Kures,_Voldemar, lk 19
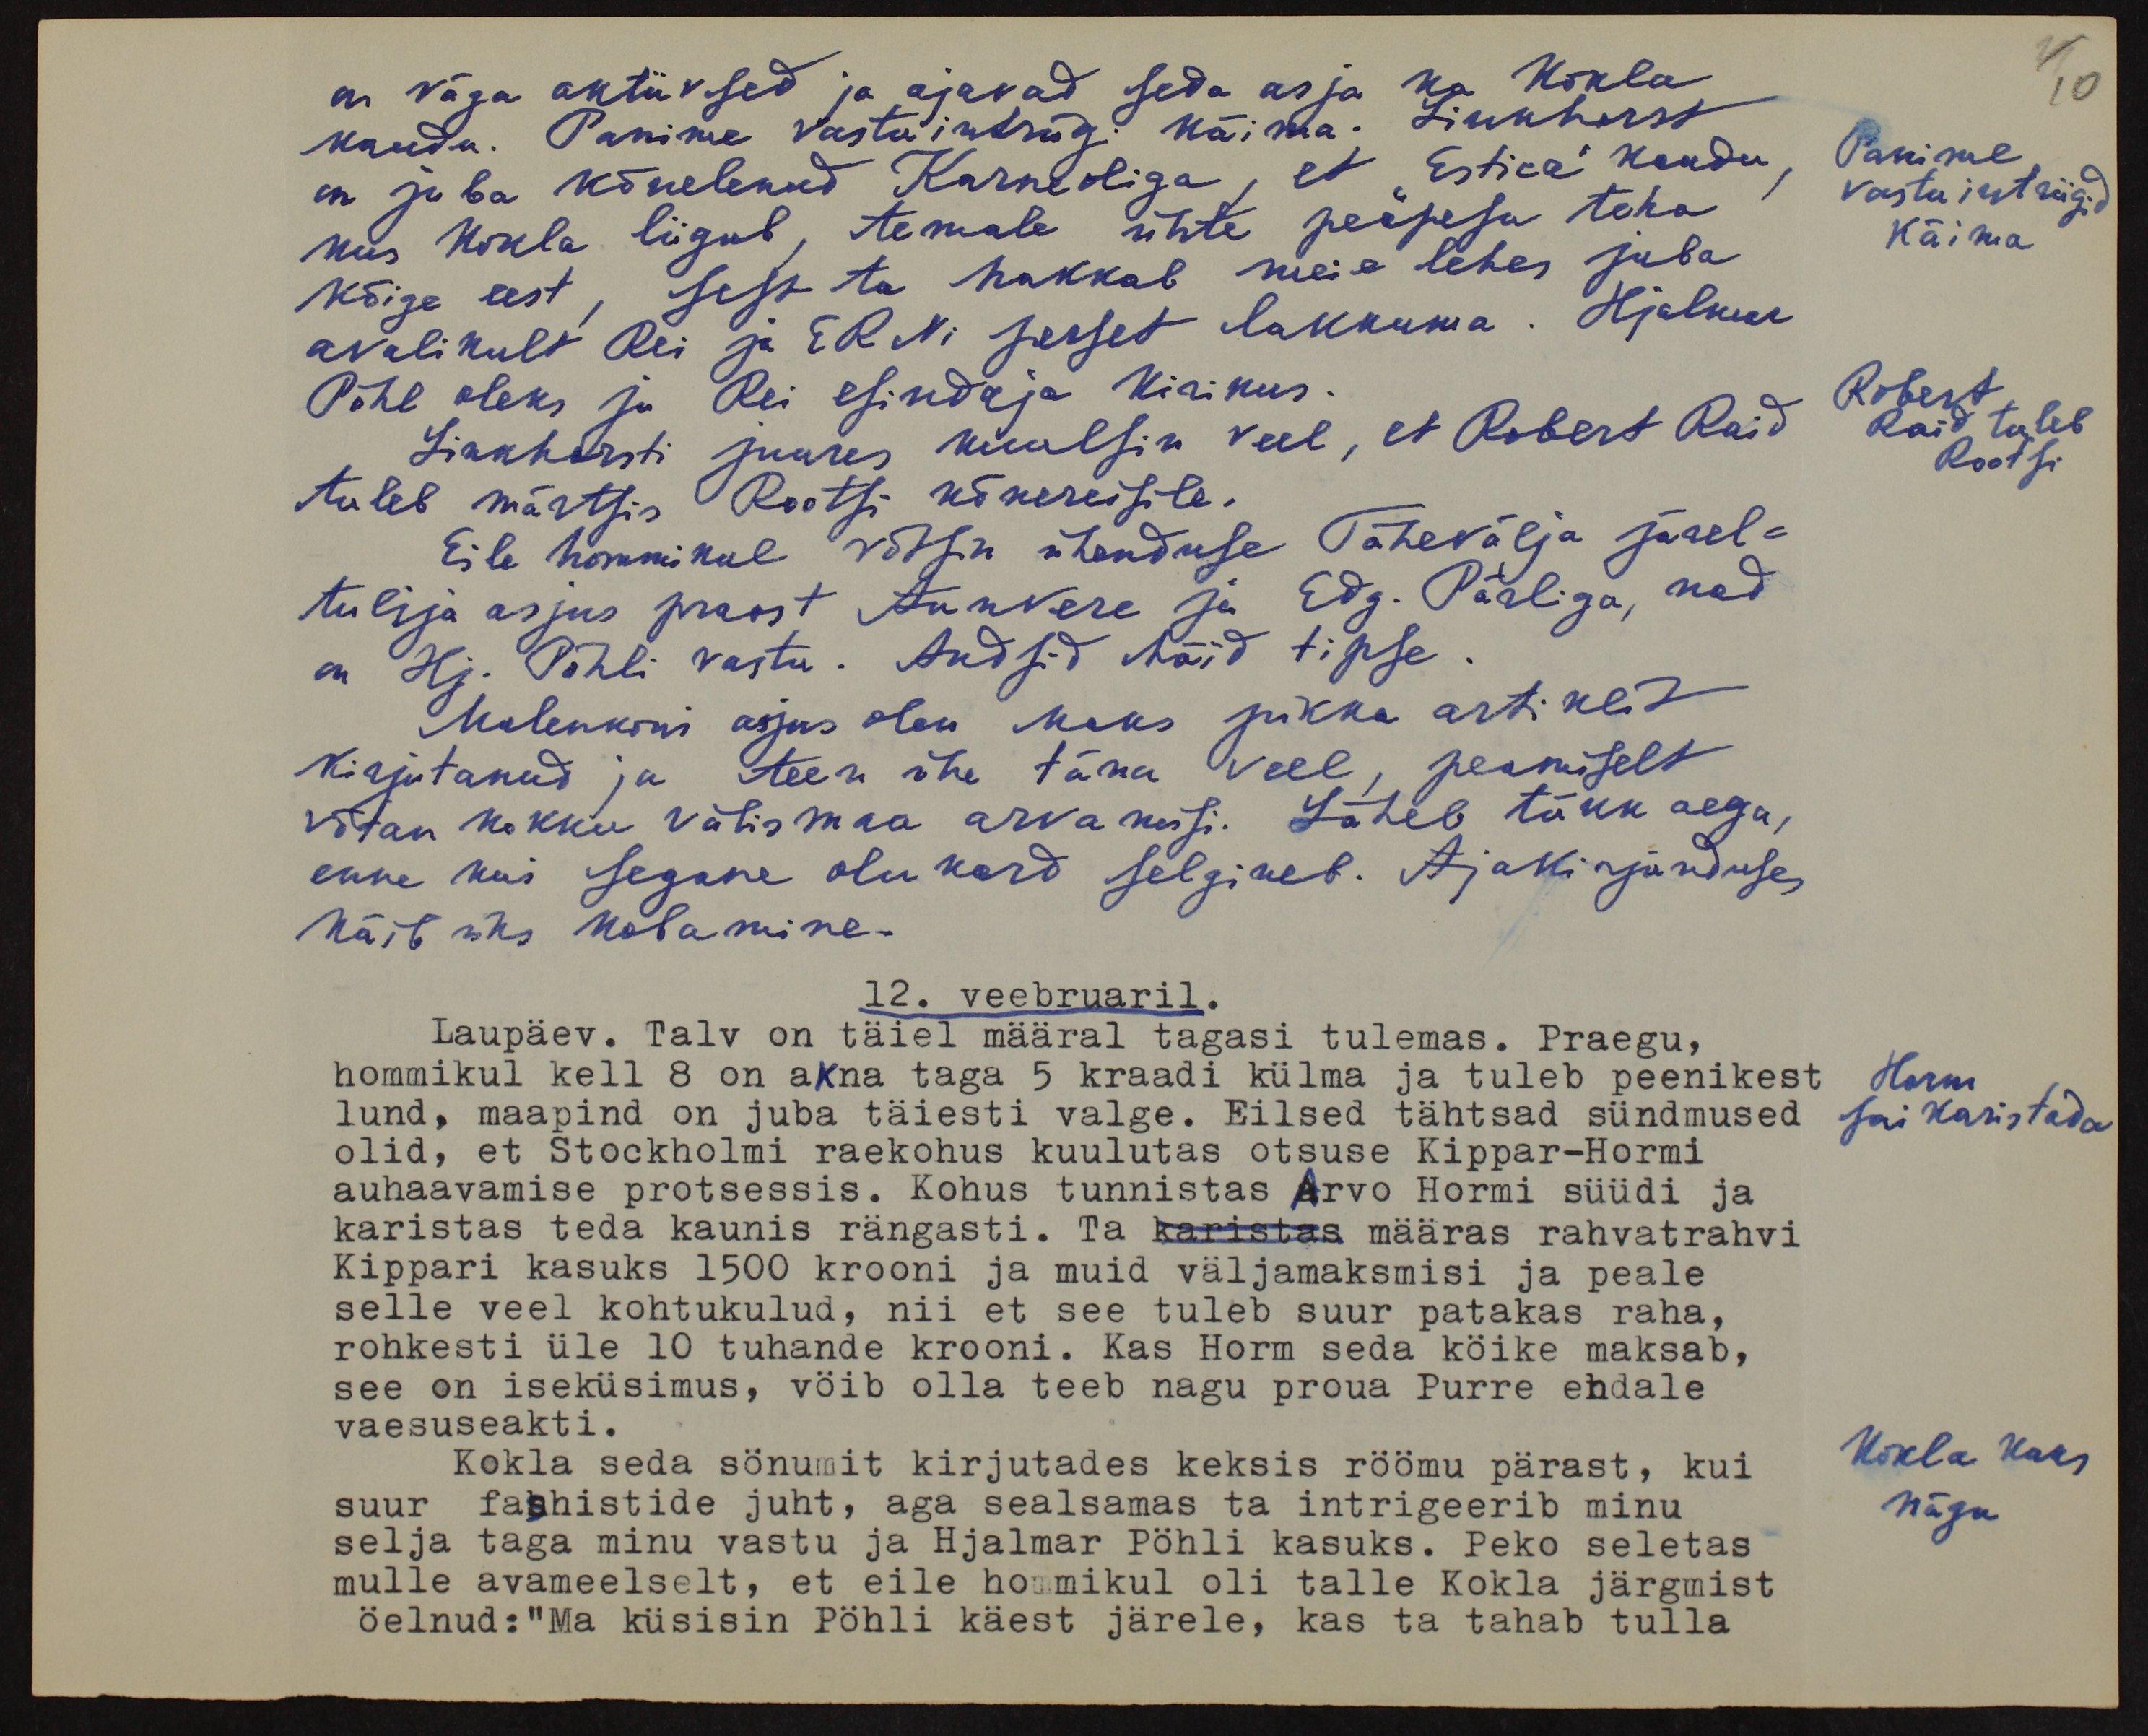
4
10
on väga aktiivsed ja ajavad seda asja ka Kokla
kaudu. Panime vastu intriigi käima. Linkhorst
Panime
vastu intriigid
käima
on juba kõnelenud Karneoliga, et "Estica" kaudu,
kus Kokla liigub, temale ühte peapesu teha
kõige eest, sest ta hakkab meie lehes juba
avalikult Rei ja ERNi perset lakkuma. Hjalmar
Pöhl oleks ju Rei esindaja kirikus.
Robert
Raid tuleb
Rootsi
Linkhorsti juures kuulsin veel, et Robert Raid
tuleb märtsis Rootsi kõnereisile.
Eile hommikul võtsin ühenduse Tähevälja järel-
tulija asjus praost Annvere ja Edg. Pärliga, nad
on Hj. Pöhli vastu. Andsid häid tipse.
Malenkowi asjus olen kaks pikka artiklit
kirjutanud ja teen ühe täna veel, peamiselt
võtan kokku välismaa arvamusi. Läheb tükk aega,
enne kui segane olukord selgineb. Ajakirjanduses
käib üks kobamine.
12. veebruaril.
Laupäev. Talv on täiel määral tagasi tulemas. Praegu,
hommikul kell 8 on akna taga 5 kraadi külma ja tuleb peenikest
Horm
sai karistada
lund, maapind on juba täiesti valge. Eilsed tähtsad sündmused
olid, et Stockholmi raekohus kuulutas otsuse Kippar-Hormi
auhaavamise protsessis. Kohus tunnistas Arvo Hormi süüdi ja
karistas teda kaunis rängasti. Ta karistsa määras rahvatrahvi
Kippari kasuks 1500 krooni ja muid väljamaksmisi ja peale
selle veel kohtukulud, nii et see tuleb suur patakas raha,
rohkesti üle 10 tuhande krooni. Kas Horm seda köike maksab,
see on iseküsimus, vöib olla teeb nagu proua Purre endale
vaesuseakti.
Kokla seda sönumit kirjutades keksis röömu pärast, kui
Kokla kaks
nägu.
suur fashistide juht, aga sealsamas ta intrigeerib minu
selja taga minu vastu ja Hjalmar Pöhli kasuks. Peko seletas
mulle avameelselt, et eile hommikul oli talle Kokla järgmist
öelnud:“Ma küsisin Pöhli käest järele, kas ta tahab tulla